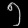
Digit: ၅